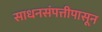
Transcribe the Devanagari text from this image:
साधनसंपत्तीपासून